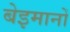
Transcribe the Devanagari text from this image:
बेइमानों